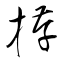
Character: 拵